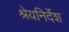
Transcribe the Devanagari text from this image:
श्रेयनिर्देश